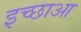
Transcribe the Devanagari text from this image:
इच्छाआ